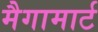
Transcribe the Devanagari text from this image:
मैगामार्ट